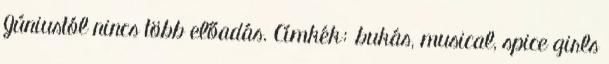
Júniustól nincs több előadás. Címkék: bukás, musical, spice girls